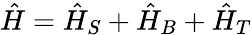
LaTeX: \hat{H}=\hat{H}_{S}+\hat{H}_{B}+\hat{H}_{T}